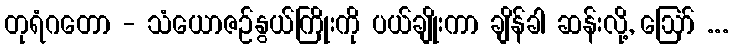
တုရံဂတော - သံယောဇဉ်နွယ်ကြိုးကို ပယ်ချိုးကာ ချိန်ခါ ဆန်းလို့, ဩော် ...